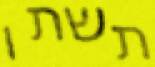
תשתו